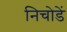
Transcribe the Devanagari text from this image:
निचोडें